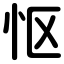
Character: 怄